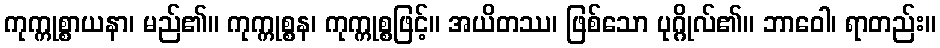
ကုက္ကုစ္စာယနာ၊ မည်၏။ ကုက္ကုစ္စန၊ ကုက္ကုစ္စဖြင့်။ အယိတဿ၊ ဖြစ်သော ပုဂ္ဂိုလ်၏။ ဘာဝေါ၊ ရာတည်း။